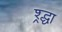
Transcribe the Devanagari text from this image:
श्र्द्धा